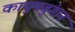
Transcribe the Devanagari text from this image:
कायुमवुंगान